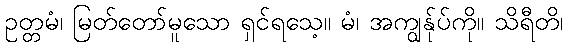
ဥတ္တမံ၊ မြတ်တော်မူသော ရှင်ရသေ့။ မံ၊ အကျွန်ုပ်ကို။ သိရီတိ၊